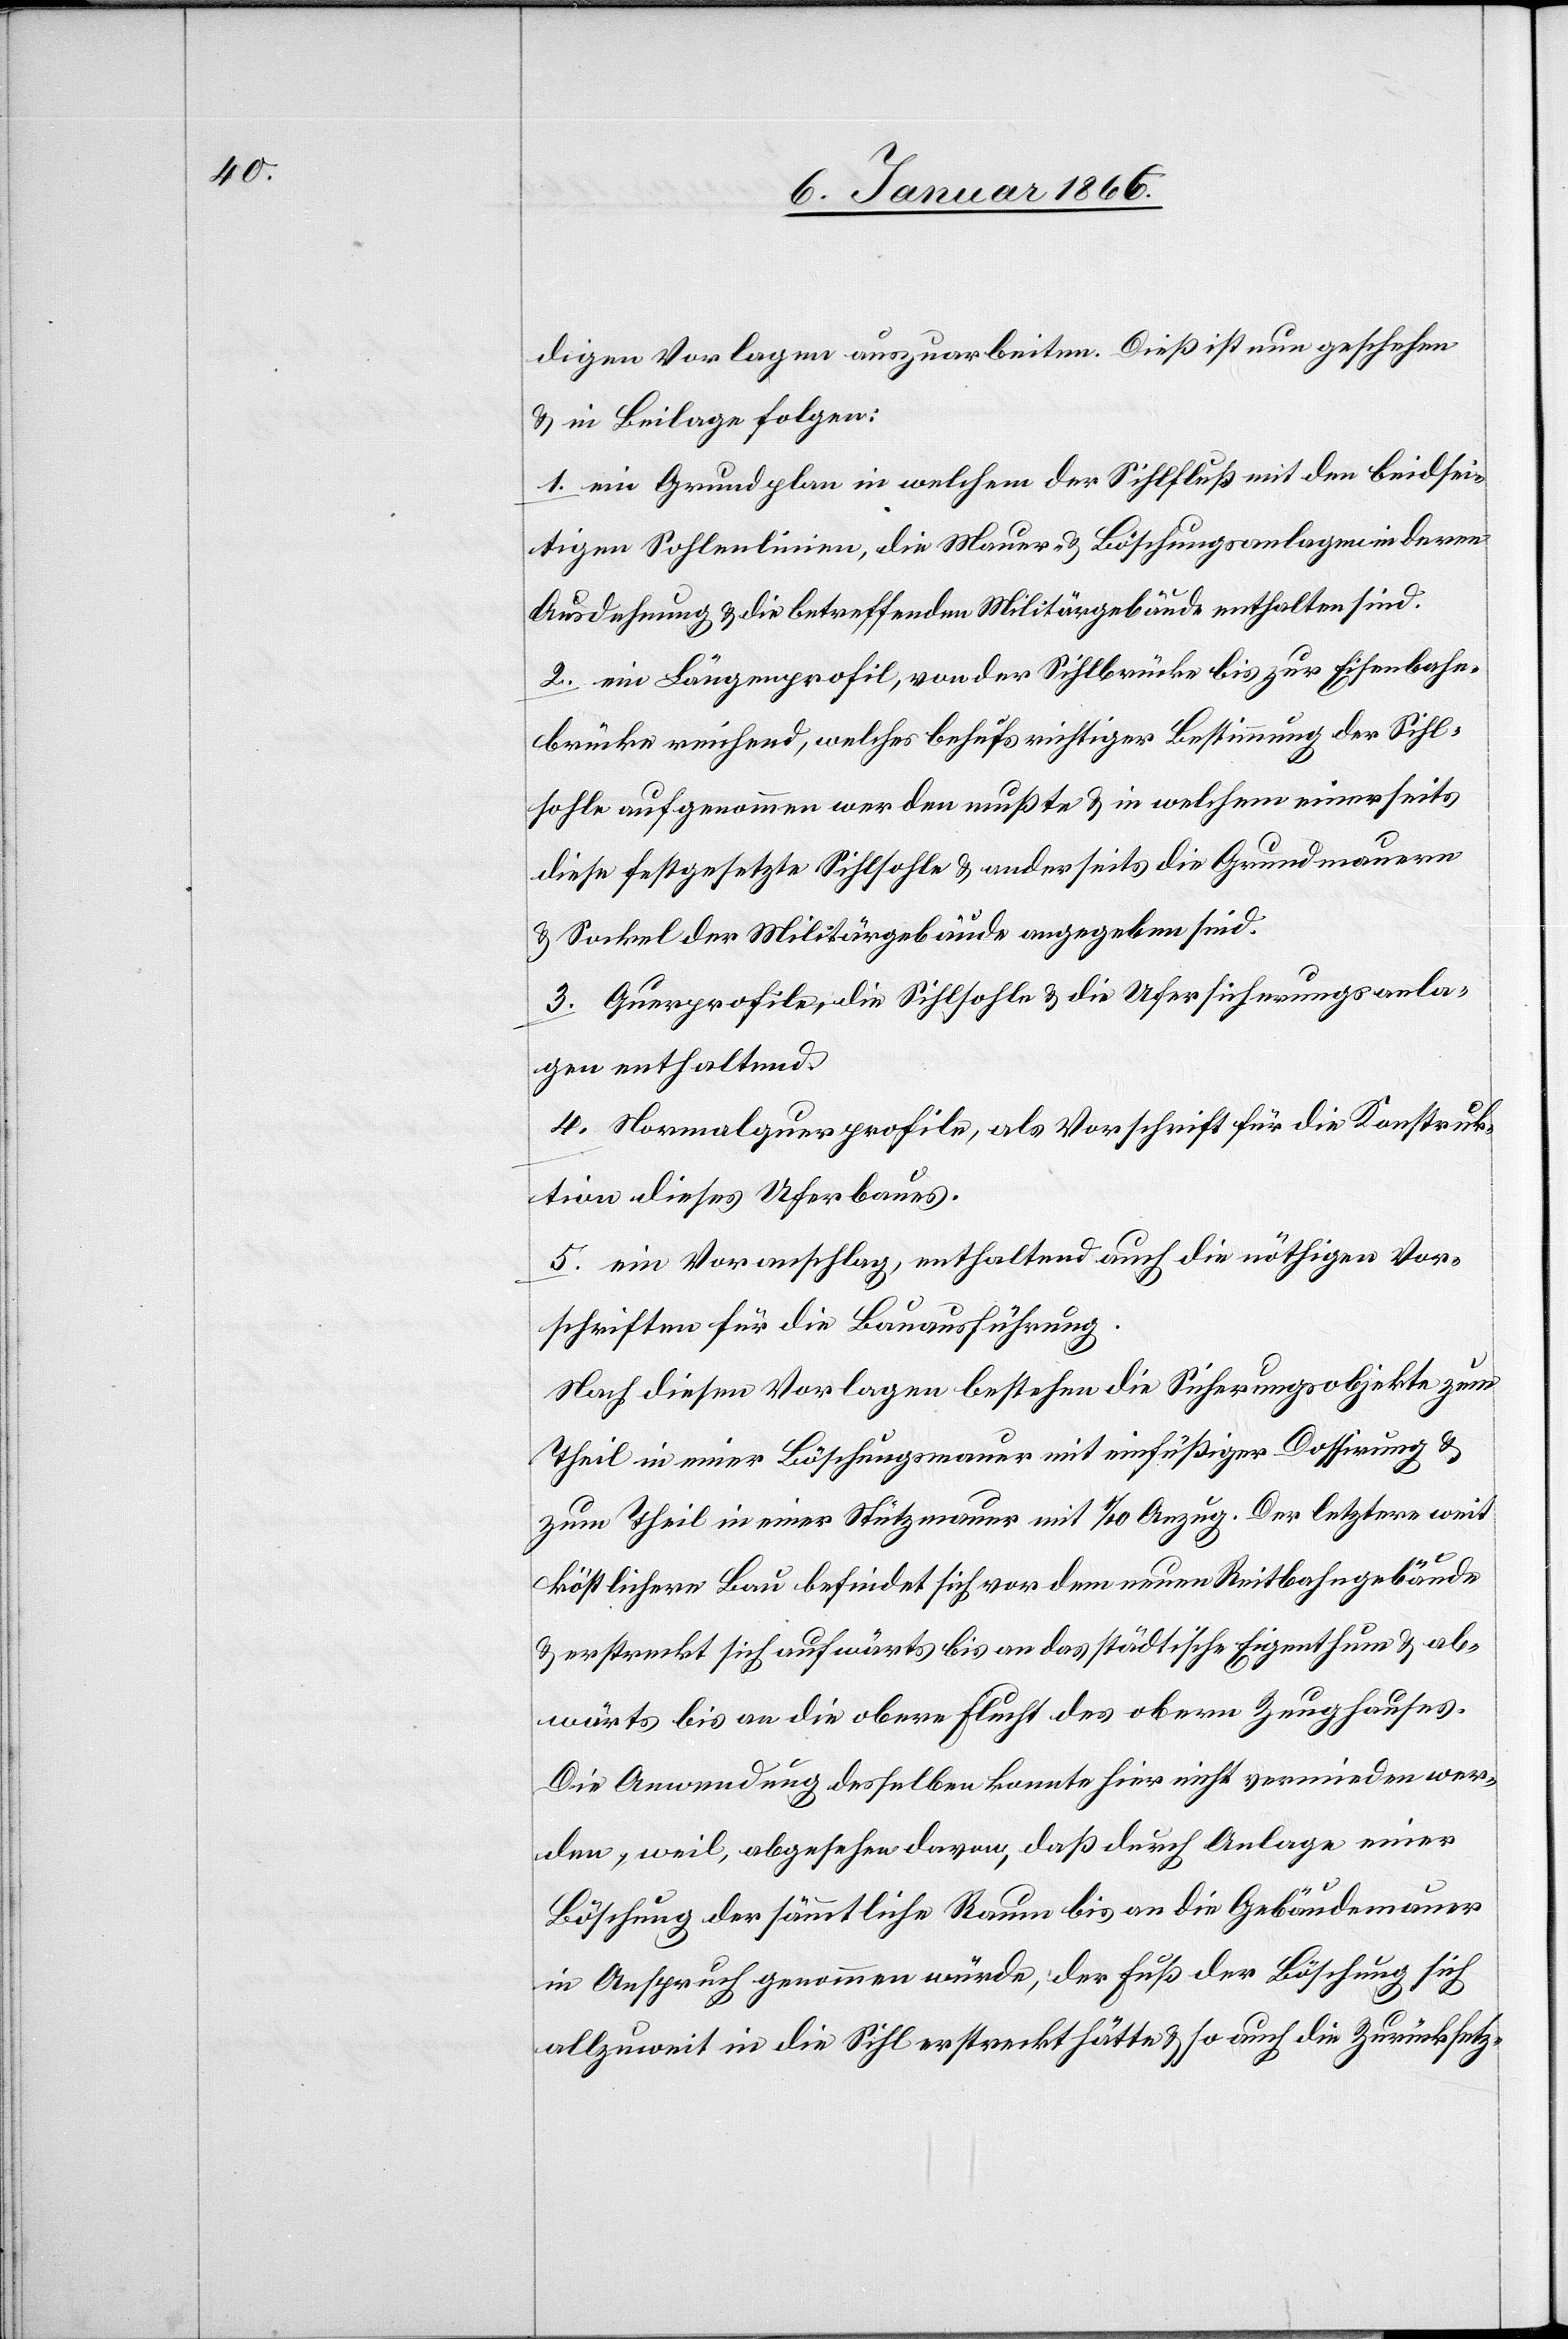
digen Vorlagen auszuarbeiten. Dieß ist nun geschehen
u. in Beilage folgen:
1. ein Grundplan in welchem der Sihlfluß mit den beidsei¬
tigen Sohlenlinien, die Mauer- u. Böschungsanlagen in deren
Ausdehnung u. die betreffenden Militärgebäude enthalten sind.
2. ein Längenprofil, von der Sihlbrücke bis zur Eisenbahn¬
brücke reichend, welches behufs richtiger Bestimmung der Sihl¬
sohle aufgenommen werden mußte u. in welchem einerseits
diese festgesetzte Sihlsohle u. anderseits die Grundmauern
u. Sockel der Militärgebäude angegeben sind.
3. Querprofile, die Sihlsohle u. die Ufersicherungsanla¬
gen enthaltend.
4. Normalquerprofile, als Vorschrift für die Konstruk¬
tion dieses Uferbaues.
5. ein Voranschlag, enthaltend auch die nöthigen Vor¬
schriften für die Bauausführung.
Nach diesen Vorlagen bestehen die Sicherungsobjekte zum
Theil in einer Böschungsmauer mit einfüßiger Dossirung u.
zum Theil in einer Stützmauer mit 1/10 Anzug. Der letztere weit
köstlichere Bau befindet sich vor dem neuen Reitbahngebäude
u. erstreckt sich aufwärts bis an das städtische Eigenthum u. ab¬
wärts bis an die obere Flucht des obern Zeughauses.
Die Anwendung desselben konnte hier nicht vermieden wer¬
den, weil, abgesehen davon, daß durch Anlage einer
Böschung der sämmtliche Raum bis an die Gebäudemauer
in Anspruch genommen würde, der Fuß der Böschung sich
allzuweit in die Sihl erstreckt hätte u. so auch die Zurücksetz-